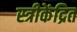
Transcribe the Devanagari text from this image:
स्त्रीकेंद्रित